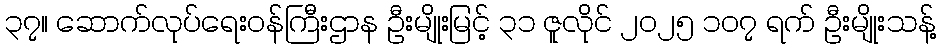
၃၇။ ဆောက်လုပ်ရေးဝန်ကြီးဌာန ဦးမျိုးမြင့် ၃၁ ဇူလိုင် ၂၀၂၅ ၁၀၇ ရက် ဦးမျိုးသန့်